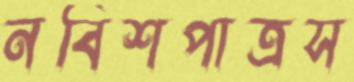
নবিশপাত্রস